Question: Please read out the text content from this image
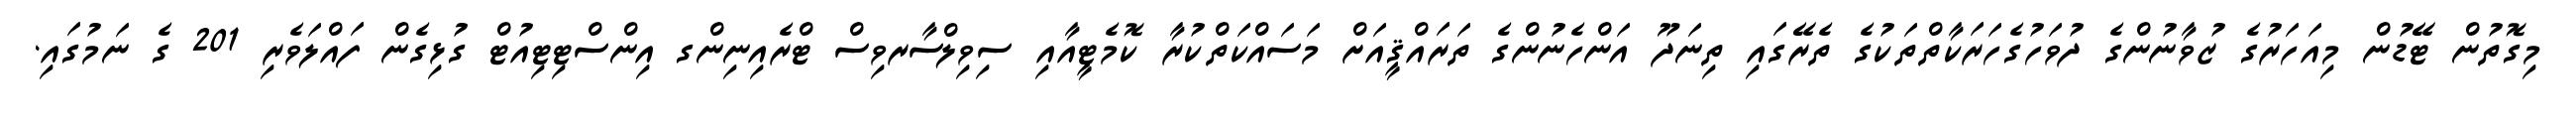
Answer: މިގޮތުން ޓޭޑުން މިއަހަރުގެ ޒުވާނުންގެ ދުވަހުގެހަރަކާތްތަކުގެ ތެރޭގައި ތިނަދޫ އަންހެނުންގެ ތަރައްޤީއަށް މަސައްކަތްކުރާ ކޮމެޓީއާއި ސިވިލްސާރވިސް ޓްރެއިނިންގ އިންސްޓިޓިއުޓް ގުޅިގެން ފައްލަވެރި 201 ގެ ނަމުގައި.